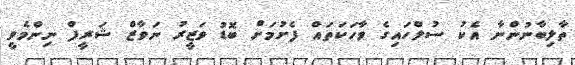
ތާލިބާނުންނާ އެކު ސުލްހައިގެ ވާހަކަތައް ފެށުމަށް ބޮޑު ވަޒީރު ނަވާޒް ޝަރީފް ނިންމެވީ